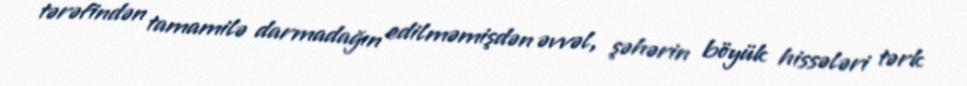
tərəfindən tamamilə darmadağın edilməmişdən əvvəl, şəhərin böyük hissələri tərk